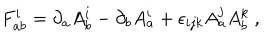
F _ { a b } ^ { i } = \partial _ { a } A _ { b } ^ { i } - \partial _ { b } A _ { a } ^ { i } + \epsilon _ { i j k } A _ { a } ^ { j } A _ { b } ^ { k } \ ,